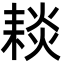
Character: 䎦